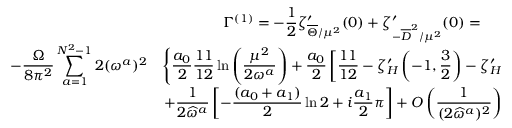
\begin{array} { c } { { \Gamma ^ { ( 1 ) } = \displaystyle - { \frac { 1 } { 2 } } \zeta _ { \overline { { { \Theta } } } / \mu ^ { 2 } } ^ { \prime } ( 0 ) + \zeta _ { - \overline { { { D } } } ^ { 2 } / \mu ^ { 2 } } ^ { \prime } ( 0 ) = } } \\ { { \begin{array} { l l } { { \displaystyle - { \frac { \Omega } { 8 \pi ^ { 2 } } } \sum _ { a = 1 } ^ { N ^ { 2 } - 1 } 2 ( \omega ^ { a } ) ^ { 2 } } } & { { \displaystyle \left\{ { \frac { a _ { 0 } } { 2 } } { \frac { 1 1 } { 1 2 } } \ln \left( \frac { \mu ^ { 2 } } { 2 \omega ^ { a } } \right) + { \frac { a _ { 0 } } { 2 } } \left[ { \frac { 1 1 } { 1 2 } } - \zeta _ { H } ^ { \prime } \left( - 1 , { \frac { 3 } { 2 } } \right) - \zeta _ { H } ^ { \prime } \left( - 1 , { \frac { 1 } { 2 } } \right) + { \frac { 1 } { 2 } } \ln \left( \frac { 1 } { 2 } \right) + i { \frac { \pi } { 2 } } \right] \right. } } \\ { { } } & { { \displaystyle \left. + { \frac { 1 } { 2 \widehat { \omega } ^ { a } } } \left[ - { \frac { ( a _ { 0 } + a _ { 1 } ) } { 2 } } \ln 2 + i { \frac { a _ { 1 } } { 2 } } \pi \right] + O \left( \frac { 1 } { ( 2 \widehat { \omega } ^ { a } ) ^ { 2 } } \right) \right\} . } } \end{array} } } \end{array}